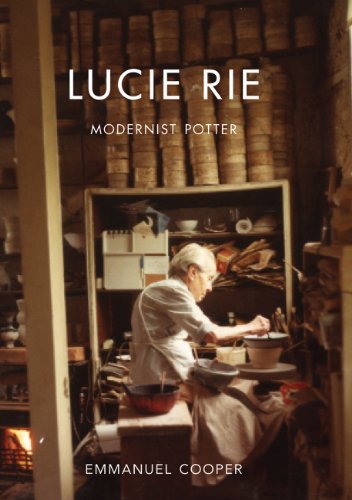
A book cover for Lucie Rie: Modernist Potter (The Paul Mellon Centre for Studies in British Art); Emmanuel Cooper; Arts & Photography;